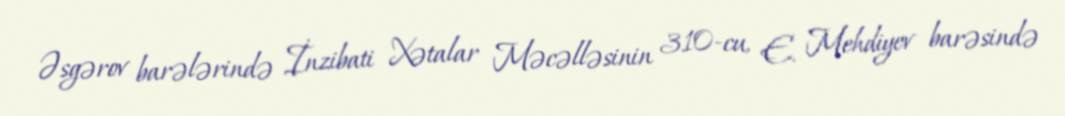
Əsgərov barələrində İnzibati Xətalar Məcəlləsinin 310-cu, E. Mehdiyev barəsində